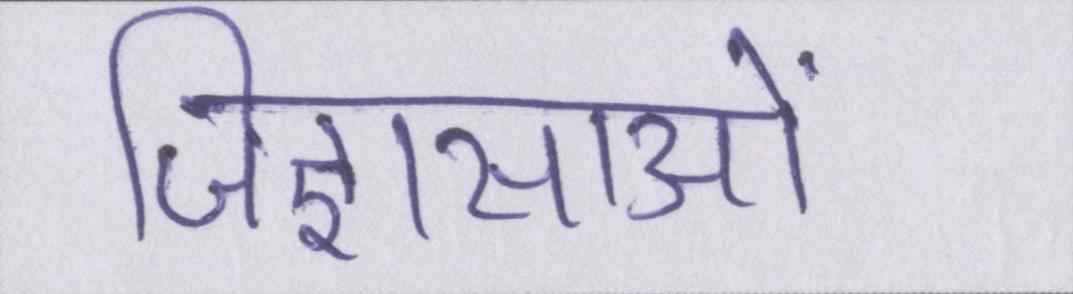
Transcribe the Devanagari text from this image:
जिज्ञासाओं